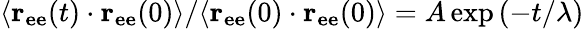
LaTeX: {\langle\mathbf{r_{ee}}(t)\cdot\mathbf{r_{ee}}(0)\rangle}/{\langle\mathbf{r_{ee}}(0)\cdot\mathbf{r_{ee}}(0)\rangle}=A\exp\left(-t/\lambda\right)